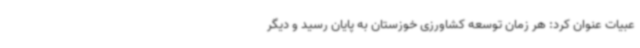
عبیات عنوان کرد: هر زمان توسعه کشاورزی خوزستان به پایان رسید و دیگر